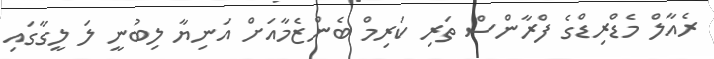
ރެއާލް މެޑްރިޑްގެ ފްރާންސް ތަރި ކަރިމް ބެންޒެމާއަށް އަނިޔާ ލިބުނީ ލަ ލީގާގައި